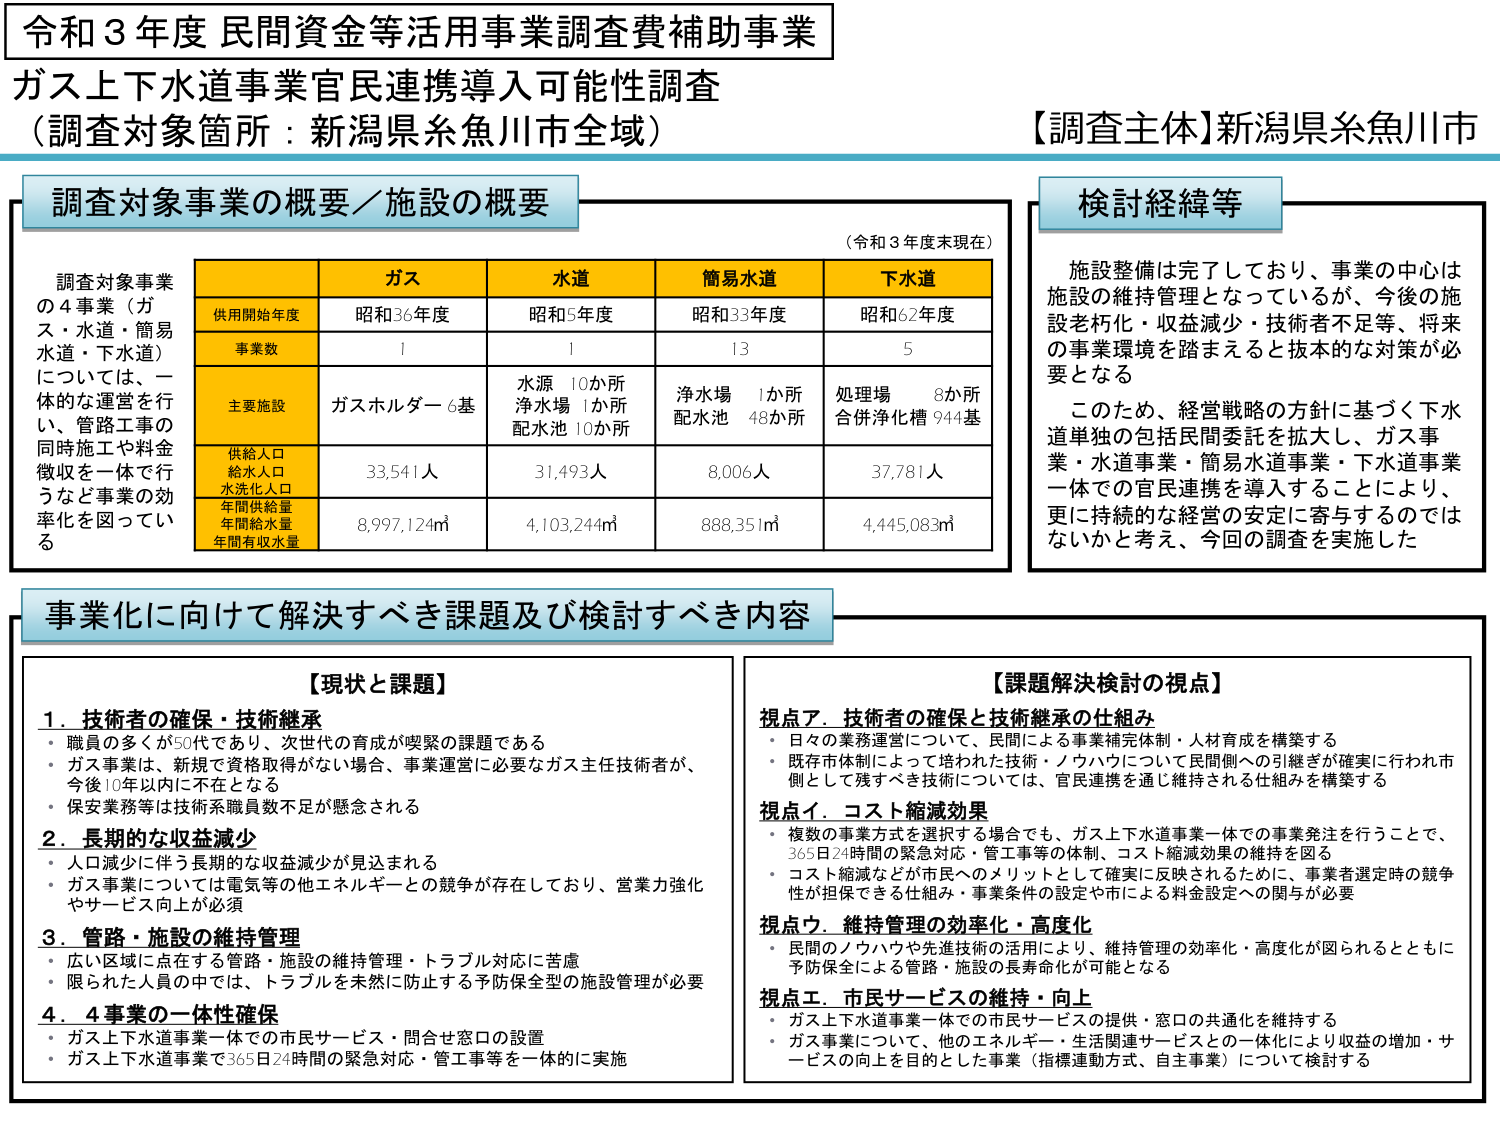
令和３年度 民間資金等活用事業調査費補助事業
ガス上下水道事業官民連携導入可能性調査
（調査対象箇所：新潟県糸魚川市全域）
【調査主体】新潟県糸魚川市

調査対象事業の概要／施設の概要
（令和３年度末現在）

調査対象事業
の４事業（ガス・水道・簡易水道・下水道）
については、一体的な運営を行い、管路工事の同時施工や料金徴収を一体で行うなど事業の効率化を図っている

| | ガス | 水道 | 簡易水道 | 下水道 |
|---|---|---|---|---|
| 供用開始年度 | 昭和36年度 | 昭和5年度 | 昭和33年度 | 昭和62年度 |
| 事業数 | 1 | 1 | 13 | 5 |
| 主要施設 | ガスホルダー6基 | 水源 10か所<br>浄水場 1か所<br>配水池 10か所 | 浄水場 1か所<br>配水池 48か所 | 処理場 8か所<br>合併浄化槽 944基 |
| 供給人口<br>給水人口<br>水洗化人口 | 33,541人 | 31,493人 | 8,006人 | 37,781人 |
| 年間供給量<br>年間給水量<br>年間有収水量 | 8,997,124㎥ | 4,103,244㎥ | 888,351㎥ | 4,445,083㎥ |

検討経緯等
施設整備は完了しており、事業の中心は施設の維持管理となっているが、今後の施設老朽化・収益減少・技術者不足等、将来の事業環境を踏まえると抜本的な対策が必要となる
このため、経営戦略の方針に基づく下水道単独の包括民間委託を拡大し、ガス事業・水道事業・簡易水道事業・下水道事業一体での官民連携を導入することにより、更に持続的な経営の安定に寄与するのでは ないかと考え、今回の調査を実施した

事業化に向けて解決すべき課題及び検討すべき内容

【現状と課題】
1．技術者の確保・技術継承
・職員の多くが50代であり、次世代の育成が喫緊の課題である
・ガス事業は、新規で資格取得がない場合、事業運営に必要なガス主任技術者が、今後10年以内に不在となる
・保安業務等は技術系職員数不足が懸念される

2．長期的な収益減少
・人口減少に伴う長期的な収益減少が見込まれる
・ガス事業については電気等の他エネルギーとの競争が存在しており、営業力強化やサービス向上が必須

3．管路・施設の維持管理
・広い区域に点在する管路・施設の維持管理・トラブル対応に苦慮
・限られた人員の中では、トラブルを未然に防止する予防保全型の施設管理が必要

4．4事業の一体性確保
・ガス上下水道事業一体での市民サービス・問合せ窓口の設置
・ガス上下水道事業で365日24時間の緊急対応・管工事等を一体的に実施

【課題解決検討の視点】
視点ア．技術者の確保と技術継承の仕組み
・日々の業務運営について、民間による事業補完体制・人材育成を構築する
・既存市体制によって培われた技術・ノウハウについて民間側への引継ぎが確実に行われ市側として残すべき技術については、官民連携を通じ維持される仕組みを構築する

視点イ．コスト縮減効果
・複数の事業方式を選択する場合でも、ガス上下水道事業一体での事業発注を行うことで、365日24時間の緊急対応・管工事等の体制、コスト縮減効果の維持を図る
・コスト縮減などが市民へのメリットとして確実に反映されるために、事業者選定時の競争性が担保できる仕組み・事業条件の設定や市による料金設定への関与が必要

視点ウ．維持管理の効率化・高度化
・民間のノウハウや先進技術の活用により、維持管理の効率化・高度化が図られるとともに予防保全による管路・施設の長寿命化が可能となる

視点エ．市民サービスの維持・向上
・ガス上下水道事業一体での市民サービスの提供・窓口の共通化を維持する
・ガス事業について、他のエネルギー・生活関連サービスとの一体化により収益の増加・サービスの向上を目的とした事業（指標連動方式、自主事業）について検討する